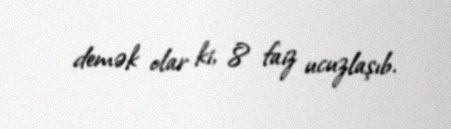
demək olar ki, 8 faiz ucuzlaşıb.